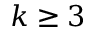
k \ge 3